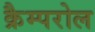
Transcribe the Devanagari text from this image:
क्रैम्परोल